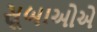
સૂબાઓએ